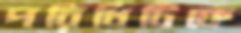
পরিধিটিকে